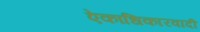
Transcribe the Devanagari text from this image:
ऐकाधिकारवादी